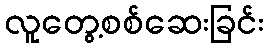
လူတွေ့စစ်ဆေးခြင်း